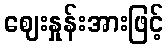
ဈေးနှုန်းအားဖြင့်